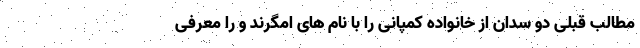
مطالب قبلی دو سدان از خانواده کمپانی را با نام های امگرند و را معرفی